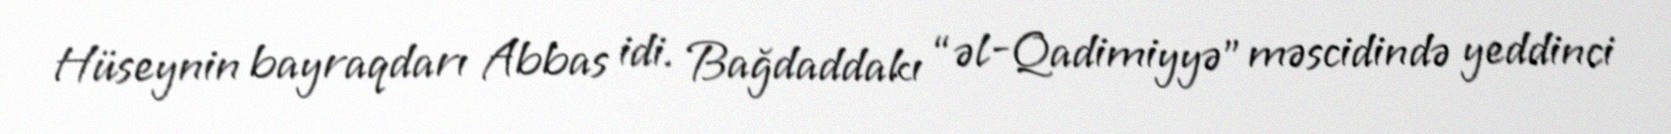
Hüseynin bayraqdarı Abbas idi. Bağdaddakı “əl-Qadimiyyə” məscidində yeddinci